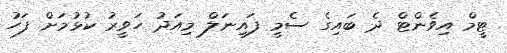
ޓީމް އިވެންޓް ދެ ބައިގެ ސެމީ ފައިނަލް މިއަދު ހަވީރު ކުޅުމަށް ފަހު